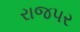
રાજપર